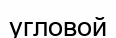
угловой